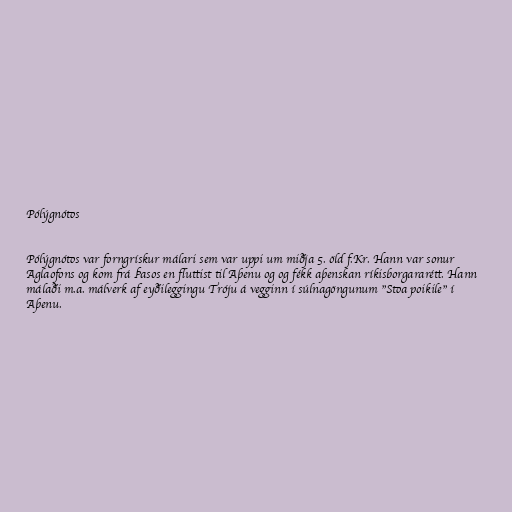
Pólýgnótos

Pólýgnótos var forngrískur málari sem var uppi um miðja 5. öld f.Kr. Hann var sonur
Aglaofons og kom frá Þasos en fluttist til Aþenu og og fékk aþenskan ríkisborgararétt. Hann
málaði m.a. málverk af eyðileggingu Tróju á vegginn í súlnagöngunum "Stoa poikile" í
Aþenu.